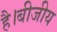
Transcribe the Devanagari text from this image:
है।बीजीय